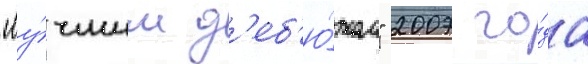
"лу́чшим д'еб'ю́том" 2007 го́да